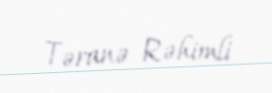
Təranə Rəhimli